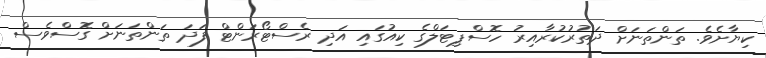
ކިޔާށެވެ. ތަންތަނަށް ދަތުރުކުރާއިރު ހޮސްޕިޓަލްގެ ކިއުގައި އަދި ރެސްޓޯރަންޓް ފަދަ ތަންތަނަށް ގޮސްވެސް